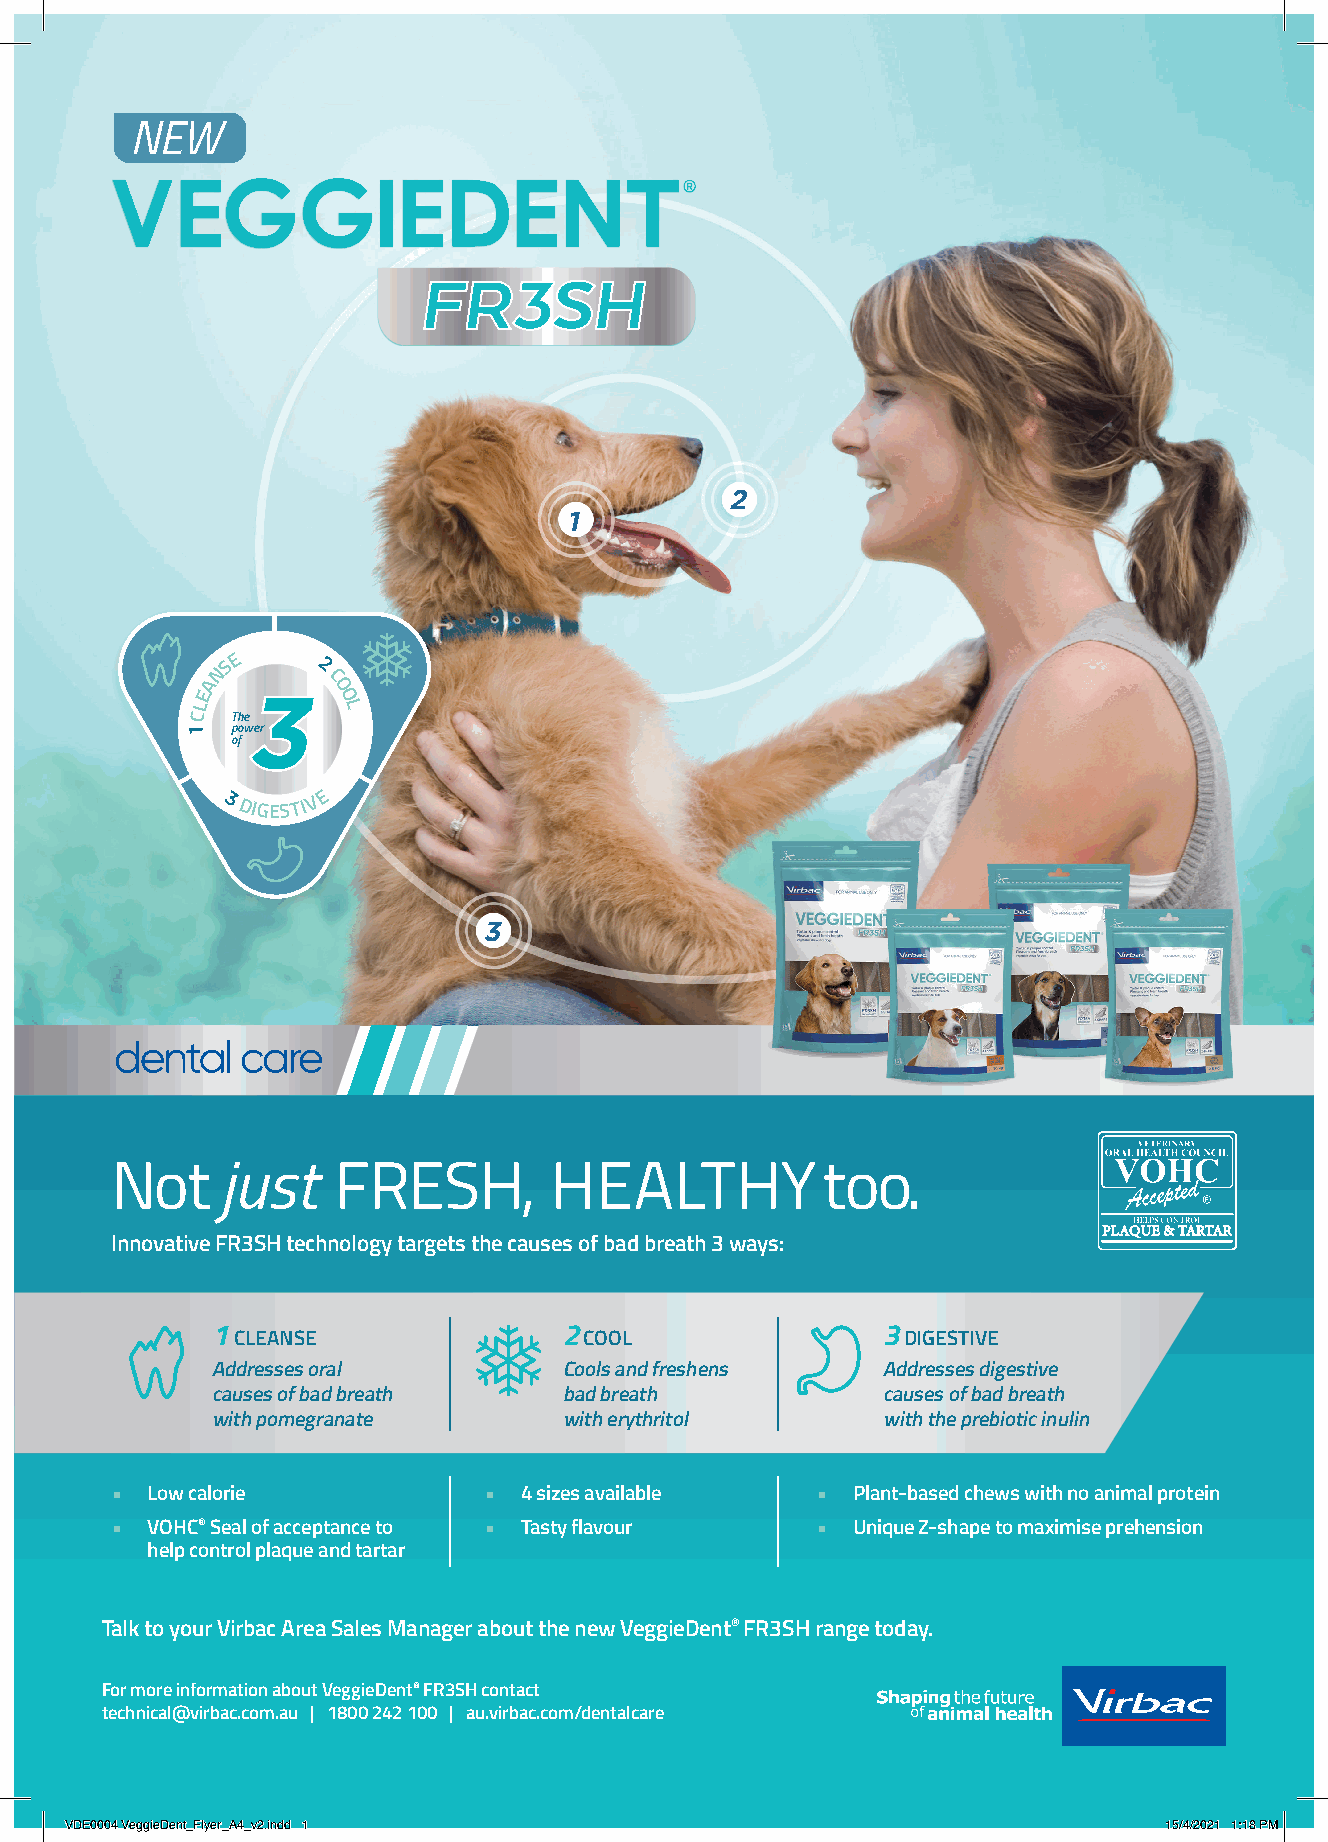
NEW
 2
 1
 NSE
 2
 A      C
 E        O O
 L         L
 C The
 1  3p
 o
 Dfow Ie Gr
 ESTI V E
 3
 Not     just   FRESH,        HEALTHY           too.
 Innovative FR3SH technology targets the causes of bad breath 3 ways:
 1 CLEANSE              2 COOL               3 DIGESTIVE
 Addresses oral         Cools and freshens   Addresses digestive
 causes of bad breath   bad breath           causes of bad breath
 with pomegranate       with erythritol      with the prebiotic inulin
 •  Low calorie           • 4 sizes available   • Plant-based chews with no animal protein
 •  VOHC® Seal of acceptance to • Tasty flavour • Unique Z-shape to maximise prehension
 help control plaque and tartar
 Talk to your Virbac Area Sales Manager about the new VeggieDent® FR3SH range today.
 For more information about VeggieDent® FR3SH contact
 technical@virbac.com.au | 1800 242 100 | au.virbac.com/dentalcare
 VVDDEE00000044 VVeeggggiieeDDeenntt__FFllyyeerr__AA44__vv22..iinndddd 11 1155//44//22002211 11::1188 PPMM